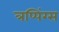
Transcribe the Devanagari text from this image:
त्रप्पिंग्स